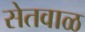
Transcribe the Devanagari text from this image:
सेतवाळ